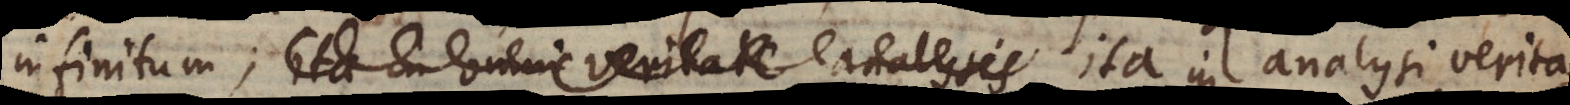
infinitum; ita in omni veritate analysis analysi verita